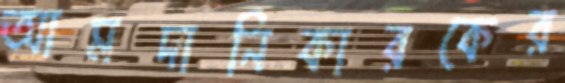
আমদানিকারকের